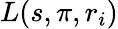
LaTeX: L(s,\pi,r_{i})